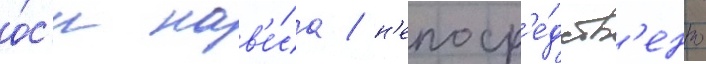
о́с'и нав'е́са / н'епоср'е́дств'енно